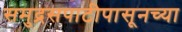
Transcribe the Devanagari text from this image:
समुद्रसपाटीपासूनच्या